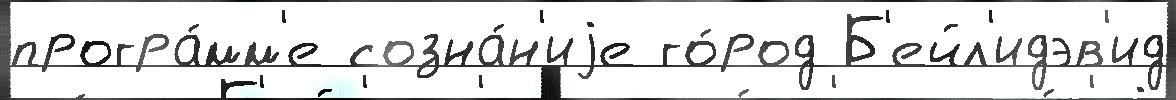
програ́мм'е созна́н'иjе го́род Б'ейл'идэв'ид